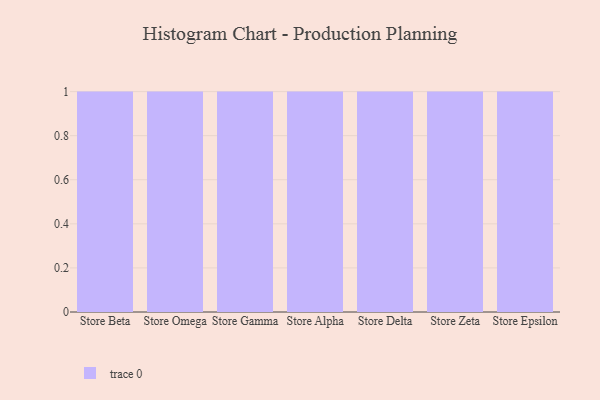
{"axis": {"x": "Store", "y": "Headcount"}, "legend": [""], "data": [{"x": "Store Beta", "y": 28, "type": ""}, {"x": "Store Omega", "y": 45, "type": ""}, {"x": "Store Gamma", "y": 91, "type": ""}, {"x": "Store Alpha", "y": 56, "type": ""}, {"x": "Store Delta", "y": 57, "type": ""}, {"x": "Store Zeta", "y": 63, "type": ""}, {"x": "Store Epsilon", "y": 16, "type": ""}]}